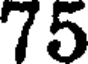
75